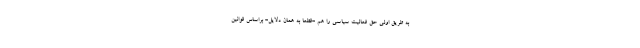
به طریق اولی حق فعالیت سیاسی را هم -قطعا به همان دلایل- براساس قوانین